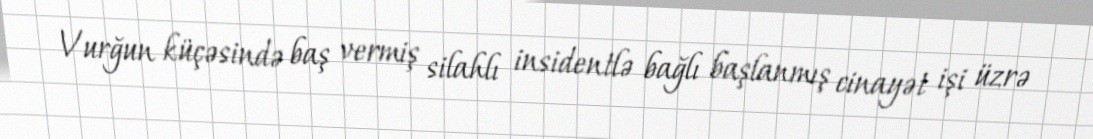
Vurğun küçəsində baş vermiş silahlı insidentlə bağlı başlanmış cinayət işi üzrə